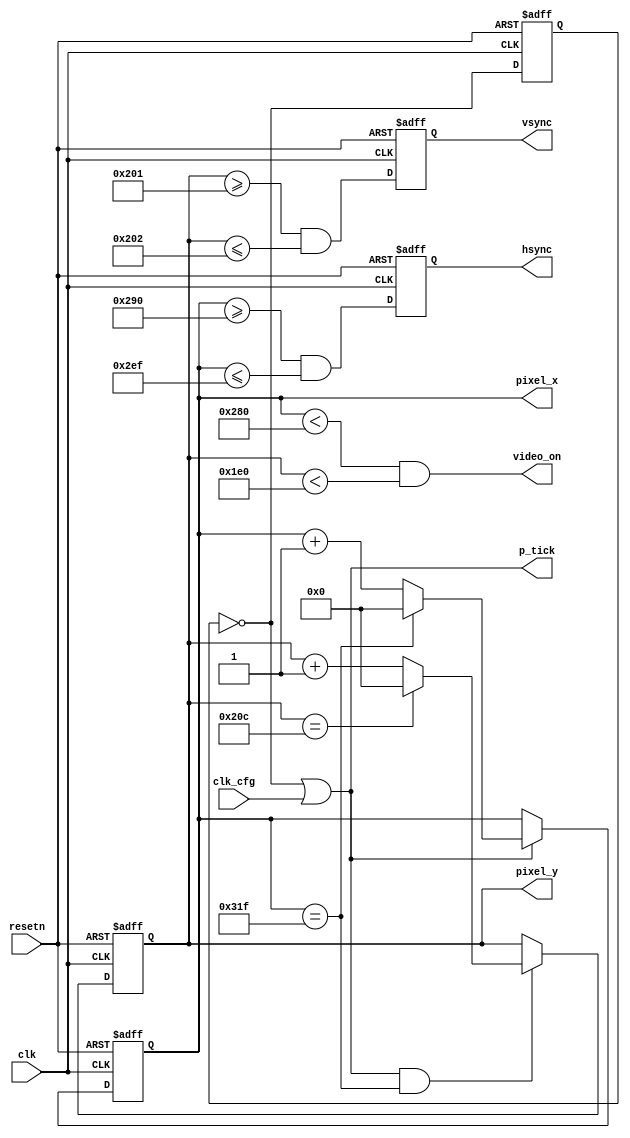
//-----------------------------------------------------------------------------
// The confidential and proprietary information contained in this file may
// only be used by a person authorised under and to the extent permitted
// by a subsisting licensing agreement from ARM Limited.
//
//            (C) COPYRIGHT 2013 ARM Limited.
//                ALL RIGHTS RESERVED
//
// This entire notice must be reproduced on all copies of this file
// and copies of this file may only be made by a person if such person is
// permitted to do so under the terms of a subsisting license agreement
// from ARM Limited.
//
//      SVN Information
//
//      Checked In          : $Date: 2017-07-25 15:10:13 +0100 (Tue, 25 Jul 2017) $
//
//      Revision            : $Revision: 368444 $
//
//      Release Information : Cortex-M0 DesignStart-r2p0-00rel0
//
//-----------------------------------------------------------------------------
//-----------------------------------------------------------------------------
// Abstract : VGA sync signal generator
//-----------------------------------------------------------------------------

module vga_sync(
  input  wire       clk,
  input  wire       resetn,
  input  wire       clk_cfg,  // 0 : clk=50MHz, 1 : clk=25MHz 
  output wire       hsync,
  output wire       vsync,
  output wire       video_on,
  output wire       p_tick,   // pixel clock
  output wire [9:0] pixel_x,
  output wire [9:0] pixel_y
);


  localparam HD = 640;  //horizontal display
  localparam HF = 48;   //h. front border
  localparam HB = 16;   //h. back border
  localparam HR = 96;   //h. retrace

  localparam VD = 480;  //vertical display
  localparam VF = 10;   //v. front border
  localparam VB = 33;   //v. back border
  localparam VR = 2;    //v. retrace



  reg       reg_px_div;
  wire      nxt_px_div;

  reg [9:0] h_count;
  reg [9:0] h_count_next;

  reg [9:0] v_count;
  reg [9:0] v_count_next;
  
  reg       hsync_reg;
  wire      hsync_next;
  
  reg       vsync_reg;
  wire      vsync_next;
  
 
  // Divide by 2 Counter to generate 25MHz clk 
  always @(posedge clk or negedge resetn)
  begin
    if(!resetn)
      reg_px_div <= 1'b0;
    else
      reg_px_div <= nxt_px_div;
  end
  
  assign nxt_px_div = ~reg_px_div;
  assign p_tick     = nxt_px_div | clk_cfg;

  // Horizontal Pixel Counter
  always @(posedge clk or negedge resetn)
  begin
    if(!resetn)
      h_count <= 10'b0;
    else
      h_count <= h_count_next;
  end

  always @*
  begin
    if(p_tick)
      if(h_count == (HD+HF+HB+HR-1))
        h_count_next = 10'b0;
      else
        h_count_next = h_count + 10'd1;
    else
      h_count_next = h_count;
  end

  assign pixel_x = h_count;

  // Vertical Pixel Counter
  always @(posedge clk or negedge resetn)
  begin
    if(!resetn)
      v_count <= 10'b0;
    else
      v_count <= v_count_next;
  end

  always @*
  begin
    if(p_tick & (h_count == (HD+HF+HB+HR-1)))
      if(v_count == (VD+VF+VB+VR-1))
        v_count_next = 10'b0;
      else
        v_count_next = v_count + 10'd1;
    else
      v_count_next = v_count;
  end

  assign pixel_y = v_count;

  //Horizontal and Vertical Sync
  always @(posedge clk, negedge resetn)
  begin
    if(!resetn)
      begin
        hsync_reg <= 1'b0;
        vsync_reg <= 1'b0;
      end
    else
      begin
        hsync_reg <= hsync_next;
        vsync_reg <= vsync_next;
      end
  end
  
  //If h_count and v_count are in the hsync range assert the signal
  assign hsync_next = ((h_count >= HD+HB) && (h_count <=HD+HB+HR-1));
  assign vsync_next = ((v_count >= VD+VB) && (v_count <=VD+VB+VR-1));

  assign hsync = hsync_reg;
  assign vsync = vsync_reg;

  //video_on signal
  assign video_on = ((h_count < HD) && (v_count < VD));

endmodule